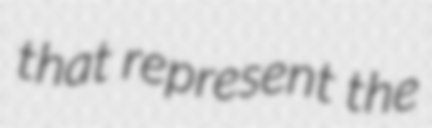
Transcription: that represent the